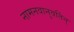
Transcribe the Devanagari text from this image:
नामनवानुवर्तिन्